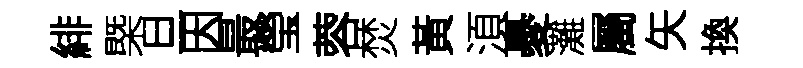
緋槩旦因最瑩蓉焚黃湏憂灘屬矢換